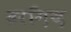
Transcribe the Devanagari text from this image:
हरग़िज़